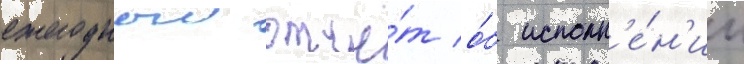
ежегодныи отчё́т о́б исполн'е́н'ии